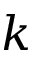
k